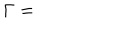
\Gamma =